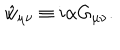
\hat { w } _ { \mu \nu } \equiv i \alpha G _ { \mu \nu } .